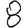
Digit: 8